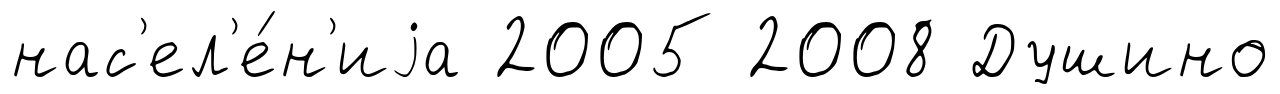
нас'ел'е́н'иjа 2005 2008 Душино